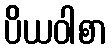
ပိယဝါစာ